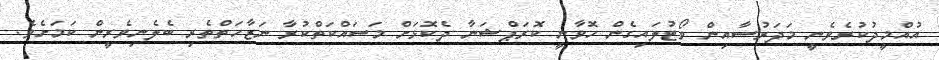
އުއްމީދުކުރެވެނީ މަދަރުސާއިން ވޯޓުލައިގެން ހޮވާނީ ކޮރަޕްޝަނާ ދެކޮޅަށް މަސައްކަތްކުރާ ނަޒާހަތްތެރި ބެލެނިވެރީން ކަމަށެވެ.